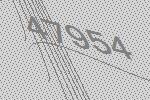
47954